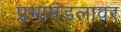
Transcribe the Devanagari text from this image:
प्रभामंडलावर